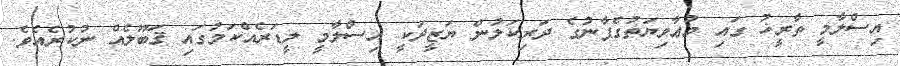
އިސްލާމީ ތާރީޚު ގައި މުޢާވިޔަތުގެފާނުގެ ދަރިކަލުން ޔަޒީދަކީ އިސްލާމީ ލީޑަރެއްކަމުގައި ޤަބޫލެއް ނުކުރެއެވެ.